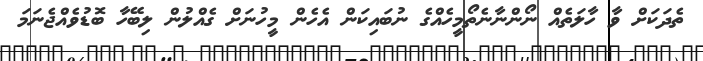
ތެދަކަށް ވާ ހާލަތެއް ނޯންނާނެތޯމީހެއްގެ ނުބައިކަން އެހެން މީހުނަށް ގެއްލުން ލިބޭހާ ބޮޑުވެއްޖެނަމަ